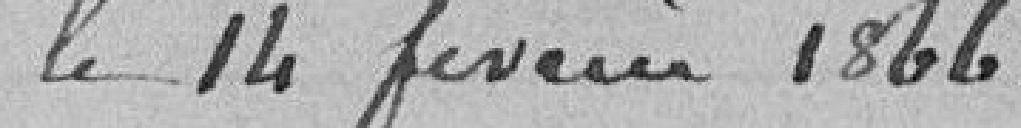
le 14 février 1866